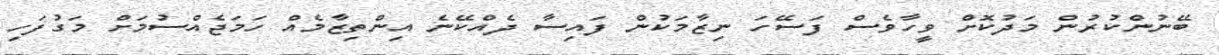
ބޭނުންކުރުން މަދުކޮށް ވީހާވެސް ފަސޭހަ ނިޒާމަކުން ފައިސާ ދެއްކޭނެ އިންތިޒާމެއް ހަމަޖެއްސުމަށް މަގުފަހި